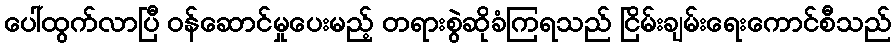
ပေါ်ထွက်လာပြီ ဝန်ဆောင်မှုပေးမည့် တရားစွဲဆိုခံကြရသည် ငြိမ်းချမ်းရေးကောင်စီသည်